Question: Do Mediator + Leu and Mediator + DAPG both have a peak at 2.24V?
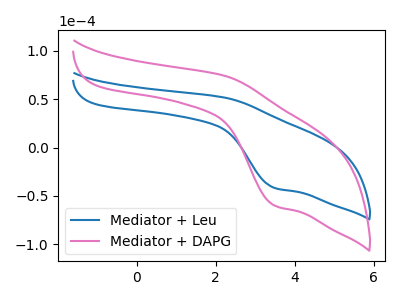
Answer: <think>The blue curve "Mediator + Leu" has an anodic peak at (2.25V, 51.50uA) and a cathodic peak at (3.50V, -41.70uA). The pink curve "Mediator + DAPG" has an anodic peak at (2.25V, 73.95uA) and a cathodic peak at (3.50V, -59.90uA).</think>
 <answer>Yes, "Mediator + Leu" and "Mediator + DAPG" share a peak at 2.24V.</answer>
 <eval>match</eval>